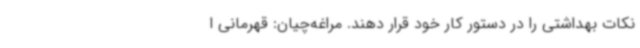
نکات بهداشتی را در دستور کار خود قرار دهند. مراغه‌چیان: قهرمانی ا